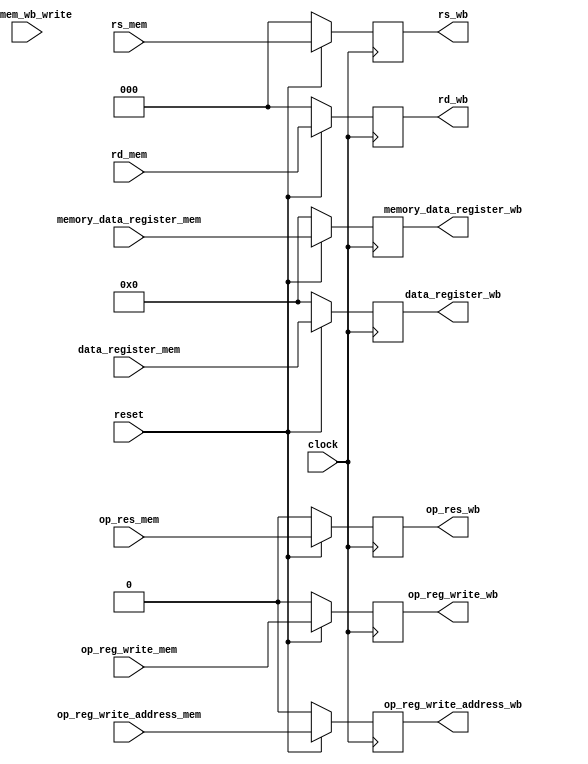
module mem_wb(
  input clock,
  input reset,
  input op_mem_wb_write,
  input op_reg_write_mem,
  input op_reg_write_address_mem,
  input op_res_mem,
  input [2:0] rs_mem, rd_mem,
  input [15:0] data_register_mem,
  input [15:0] memory_data_register_mem,
  output reg op_reg_write_wb,
  output reg op_reg_write_address_wb,
  output reg op_res_wb,
  output reg [2:0] rs_wb, rd_wb,
  output reg [15:0] data_register_wb,
  output reg [15:0] memory_data_register_wb);

always @(posedge clock) begin
  if(reset == 1'b0) begin
    op_reg_write_wb <= 1'b0;
    op_reg_write_address_wb <= 1'b0;
    op_res_wb <= 1'b0;
    rs_wb <= 3'b000;
    rd_wb <= 3'b000;
    data_register_wb <= 16'b0000_0000_0000_0000;
    memory_data_register_wb <= 16'b0000_0000_0000_0000;
  end
  else begin
    op_reg_write_wb <= op_reg_write_mem;
    op_reg_write_address_wb <= op_reg_write_address_mem;
    op_res_wb <= op_res_mem;
    rs_wb <= rs_mem;
    rd_wb <= rd_mem;
    data_register_wb <= data_register_mem;
    memory_data_register_wb <= memory_data_register_mem;
  end
end

endmodule